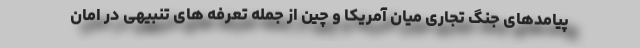
پیامدهای جنگ تجاری میان آمریکا و چین از جمله تعرفه های تنبیهی در امان